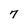
Character: 7